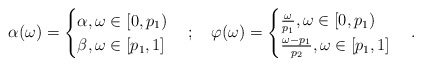
\begin{align*}\alpha(\omega)=\begin{cases} \alpha ,\omega\in[0,p_1)\\ \beta ,\omega\in[p_1,1] \end{cases};\quad\varphi(\omega)=\begin{cases} \frac{\omega}{p_1} ,\omega\in[0,p_1)\\ \frac{\omega-p_1}{p_2} ,\omega\in[p_1,1] \end{cases}.\end{align*}